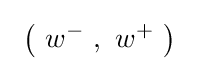
~{\bigl (}\ w^{-}\ ,\ w^{+}\ {\bigr )}~